First report of the anti-malarial operations at Mian Mir, 1901-1903 - Number 6
Year: 1901
Disease focus: Malaria
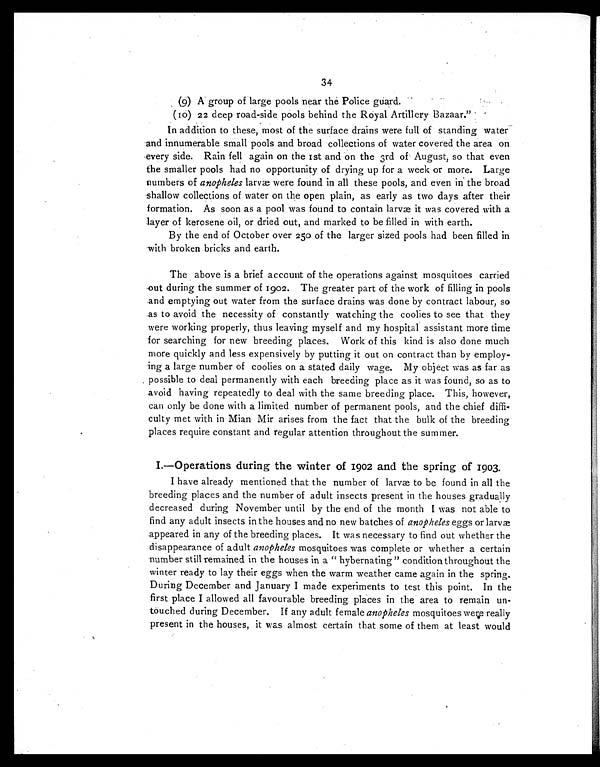
34
(9) A group of large pools near the Police guard.
(10) 22 deep road-side pools behind the Royal Artillery Bazaar."
In addition to these, most of the surface drains were full of standing water
and innumerable small pools and broad collections of water covered the area on
every side. Rain fell again on the 1st and on the 3rd of August, so that even
the smaller pools had no opportunity of drying up for a week or more. Large
numbers of anopheles larvæ were found in all these pools, and even in the broad
shallow collections of water on the open plain, as early as two days after their
formation. As soon as a pool was found to contain larvæ it was covered with a
layer of kerosene oil, or dried out, and marked to be filled in with earth.
By the end of October over 250 of the larger sized pools had been filled in
with broken bricks and earth.
The above is a brief account of the operations against mosquitoes carried
out during the summer of 1902. The greater part of the work of filling in pools
and emptying out water from the surface drains was done by contract labour, so
as to avoid the necessity of constantly watching the coolies to see that they
were working properly, thus leaving myself and my hospital assistant more time
for searching for new breeding places. Work of this kind is also done much
more quickly and less expensively by putting it out on contract than by employ-
ing a large number of coolies on a stated daily wage. My object was as far as
possible to deal permanently with each breeding place as it was found, so as to
avoid having repeatedly to deal with the same breeding place. This, however,
can only be done with a limited number of permanent pools, and the chief diffi-
culty met with in Mian Mir arises from the fact that the bulk of the breeding
places require constant and regular attention throughout the summer.
I.—Operations during the winter of 1902 and the spring of 1903.
I have already mentioned that the number of larvæ to be found in all the
breeding places and the number of adult insects present in the houses gradually
decreased during November until by the end of the month I was not able to
find any adult insects in the houses and no new batches of anopheles eggs or larvæ
appeared in any of the breeding places. It was necessary to find out whether the
disappearance of adult anopheles mosquitoes was complete or whether a certain
number still remained in the houses in a "hybernating" condition throughout the
winter ready to lay their eggs when the warm weather came again in the spring.
During December and January I made experiments to test this point. In the
first place I allowed all favourable breeding places in the area to remain un-
touched during December. If any adult female anopheles mosquitoes were really
present in the houses, it was almost certain that some of them at least would